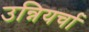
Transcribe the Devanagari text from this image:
उन्नियर्चा